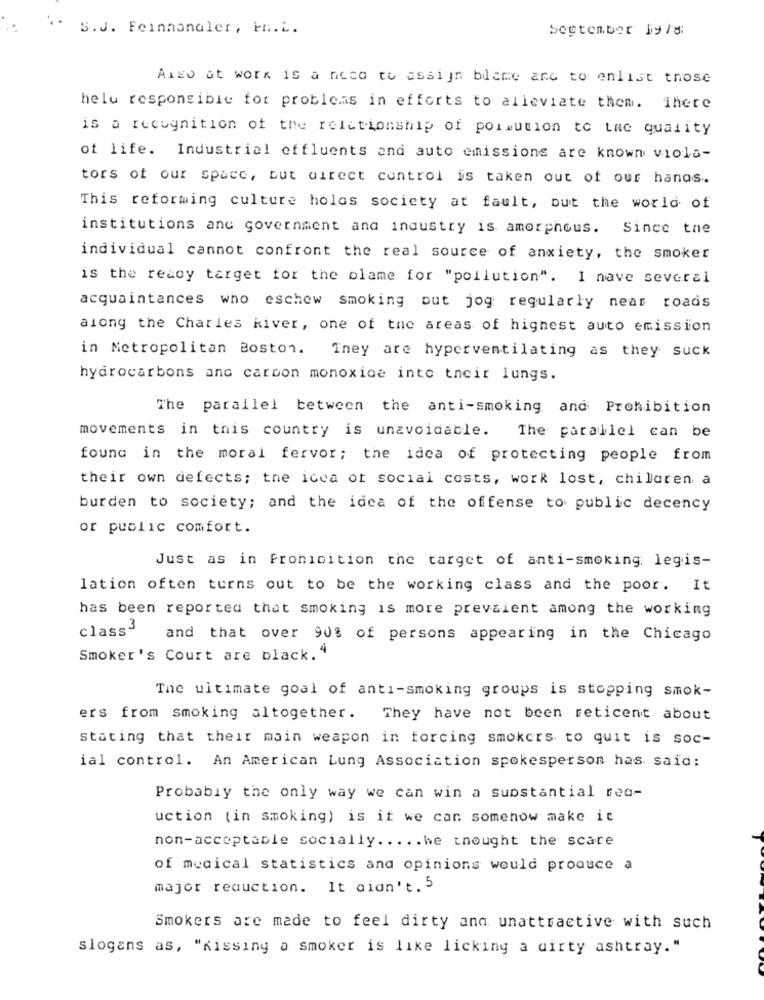
S.J. Feinnanaler, Pn.L.
September byla
Also at work is a need to assign blame ane to enlist those
helu responsible for problems in efforts to alleviate them. There
is a recognition of the relationship of pollution to the quality
of life. Industrial effluents and auto emissions are known viols-
tors of our space, but direct control is taken out of our hands.
This reforming culture holas society at fault, but the world of
institutions and government and industry is amorphous. Since the
individual cannot confront the real source of anxiety, the smoker
is the ready target for the olame for "pollution". I nave several
acquaintances who eschew smoking out jog regularly near roads
along the Charles kiver, one of the areas of highest auto emission
in Metropolitan Boston. They are hyperventilating as they suck
hydrocarbons and carbon monoxide into their lungs.
The parallel between the anti-smoking and Prohibition
movements in this country is unavoidable.
The parallel can be
found in the moral fervor; the idea of protecting people from
their own defects; the icea of social costs, work lost, chilaren a
burden to society; and the idea of the offense to public decency
or public comfort.
Just as in Prohibition the target of anti-smoking legis-
lation often turns out to be the working class and the poor. It
has been reported that smoking is more prevalent among the working
class3
and that over 90% of persons appearing in the Chicago
Smoker's Court are black. 4
The ultimate goal of anti-smoking groups is stopping smok-
ers from smoking altogether. They have not been reticent about
stating that their main weapon in forcing smokers to quit is soc-
ial control. An American Lung Association spokesperson has said:
Probably the only way we can win a substantial rea-
uction (in smoking) is if we can somehow make it
non-acceptable socially ..... we thought the scare
of medical statistics and opinions would produce a
major reduction. It didn't. 5
Smokers are made to feel dirty and unattractive with such
slogans as, "Kissing a smoker is like licking a dirty ashtray."